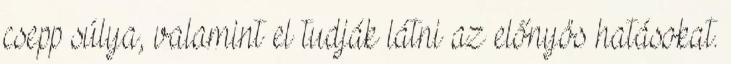
csepp súlya, valamint el tudják látni az előnyös hatásokat.